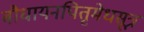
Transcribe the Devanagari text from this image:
बौधायनपितृमेधसूत्र